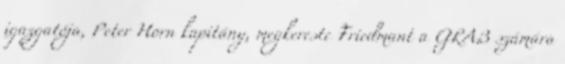
igazgatója, Peter Horn kapitány, megkereste Friedmant a GRAB számára